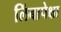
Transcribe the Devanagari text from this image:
लिंबापेक्षा